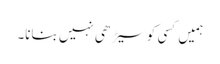
ہمیں کسی کو سیڑھی نہیں بنانا۔